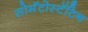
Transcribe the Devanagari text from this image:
सोमॅटोस्टॅटिन